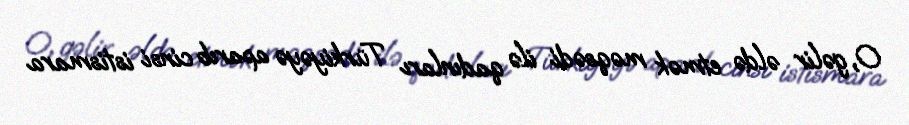
O, gəlir əldə etmək məqsədi ilə qadınları Türkiyəyə aparıb cinsi istismara